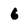
Character: 6